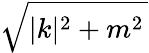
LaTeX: \sqrt{|k|^{2}+m^{2}\, }